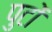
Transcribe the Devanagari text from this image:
पुटों